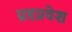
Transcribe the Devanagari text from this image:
ग्रहप्रवेश